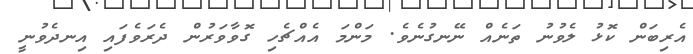
އެރިބަން ކޮޅު ލެވުނު ތަނެއް ނޭނގުނެވެ. މަންމަ އެއްޗެހި ގޮވާވަރުން ދެރަވެފައި އިނދެވުނީ